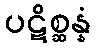
ပဋိစ္ဆန္နံ